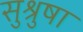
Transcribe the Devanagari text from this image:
सुश्रुषा